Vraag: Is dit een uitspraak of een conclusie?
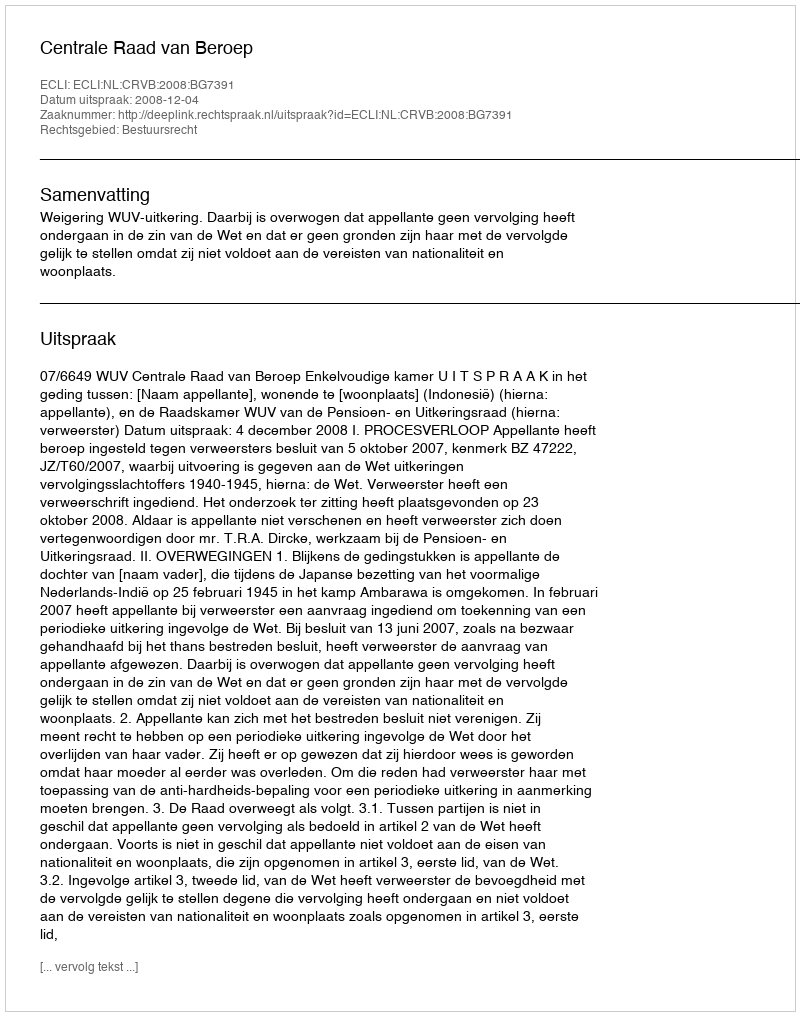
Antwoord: Uitspraak